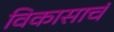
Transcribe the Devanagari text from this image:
विकासाचं